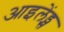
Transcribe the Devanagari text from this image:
आइलेंड्स